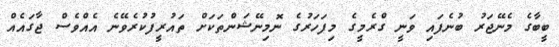
ބީބާގެ މެނޭޖަރު ބުނެފައި ވަނީ ގްރެމީގެ މިފަހަރުގެ ނޮމިނޭޝަންތަކަށް ތައުރީފުކުރެވޭނެ އެއްވެސް ޖާގައެއް